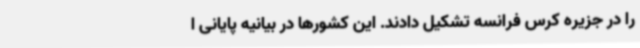
را در جزیره کرس فرانسه تشکیل دادند. این کشورها در بیانیه پایانی ا